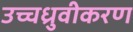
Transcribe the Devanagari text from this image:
उच्चध्रुवीकरण